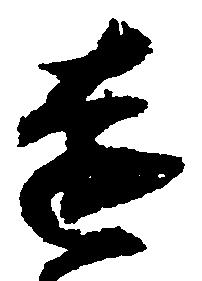
遠